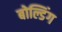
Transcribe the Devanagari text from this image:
बोल्डिंग